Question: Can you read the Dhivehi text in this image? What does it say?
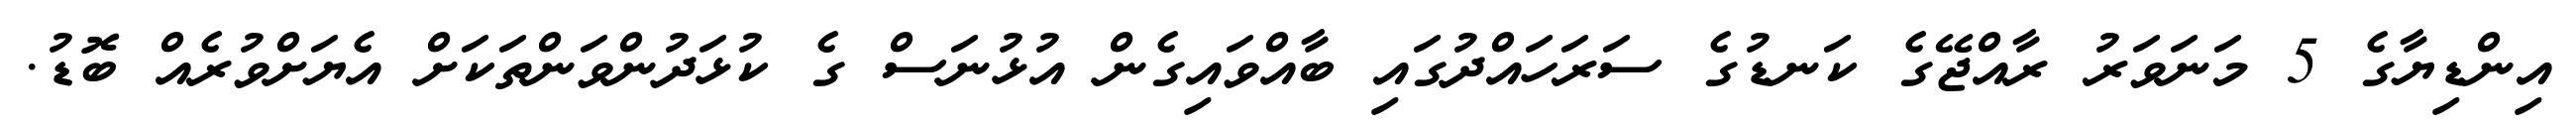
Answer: އިންޑިޔާގެ 5 މަނަވަރު ރާއްޖޭގެ ކަނޑުގެ ސަރަހައްދުގައި ބާއްވައިގެން އުޅުނަސް ގެ ކުޅަދުންވަންތަކަށް އެޔަށްވުރެއް ބޮޑު.